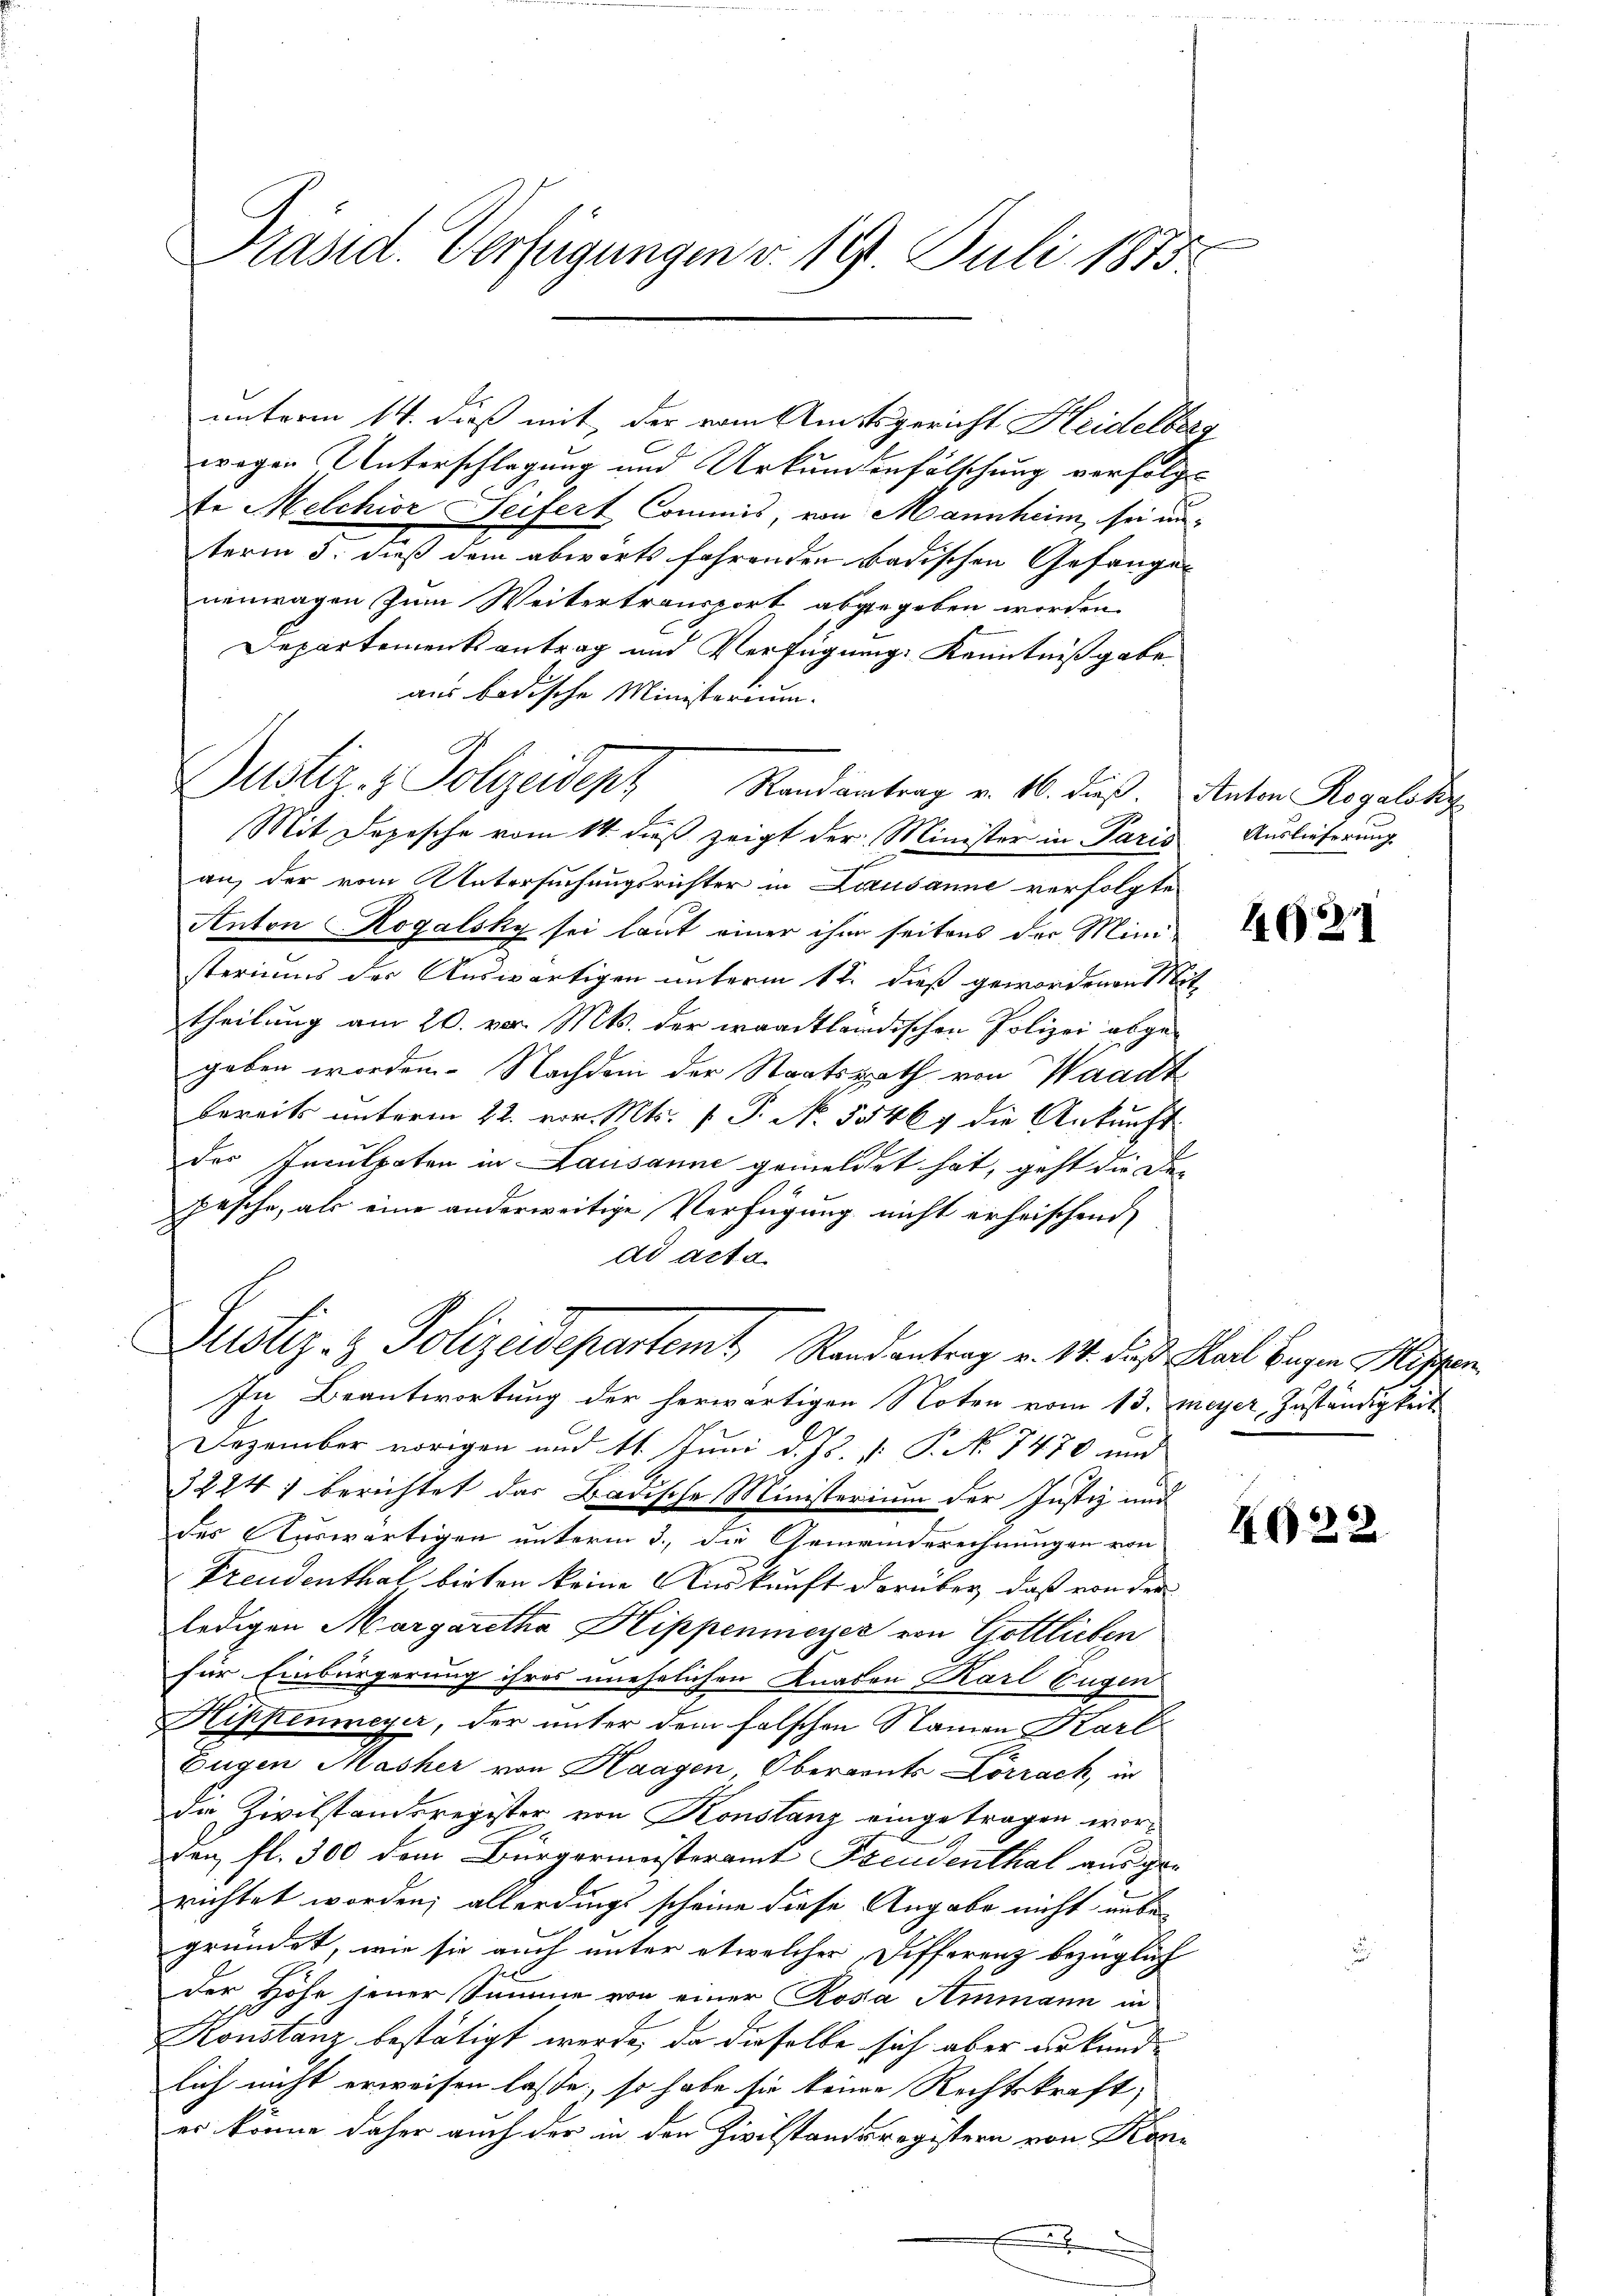
unterm 14. dieß mit der vom Amtsgericht Heidelberg
wegen Unterschlagung und Urkundenfälschung verfolgen
te Melchior Seifert Commis, von Mannheim, sei unterm 3. dieß dem abwärts fahrenden Badischen Gefangen
nenwagen zum Weitertransport abgegeben worden.
Departementsantrag und Verfügung Kenntnißgabe
aus badische Ministerium.
Justiz- & Polizeident Randantrag v. 16. dieß. Anton Rogaladis
Mit Depesche vom 14. dieß zeigt der Minister in Paris Auslieferung
an, der vom Untersuchungsrichter in Lausanne verfolgte
Anton Rogalsky sei laut einer ihm seitens der Mini-
steriums der Auswärtigen unterm 12. dieß gewordenen Mit
theilung am 20. vor. Mts. der waadtländischen Polizei abgegeben worden. Nachdem der Staatsrath von Waadt
bereits unterm 22. vor. Mts. f. P. No. 55464 die Ankunft
der Inculpaten in Lausanne gemeldet hat, geht die Depesche, als eine anderweitige Verfügung nicht erheischend
ad acta
Justiz- & Polizeidepartemt Randantrag v. 14. dieß Karl beigen Misger

x
Präsid. Verfügungen v. 19. Juli 1883

In Beantwortung der herwärtigen Noten vom 13. Meyer, Zuständigkeit
Dezember vorigen und 11. Juni d. Js. v. P. No 7470 und
3224) berichtet das Badische Ministerium der Justiz und
des Auswärtigen unterm 3., die Gemeinderechnungen von
Freudenthal bieten keine Auskunft darüber, daß von der
ledigen Margaretha Hippenmeyer von Gottlieben
für Einbürgerung ihres unehelichen Knaben Karl Eugen
Hippenmeyer, der unter dem falschen Namen Karl
Eugen Masher von Haagen Oberaents Lörrach, in
de Zivilstandsregister von Konstanz eingetragen worden fl. 300 dem Bürgermeisteramt Freudenthal aus gerichtet worden; allerdings scheine diese Angabe nicht unbegründet, wie sie auch unter etwelcher Differenz bezüglich
der Höhe jener Summe von einer Rosa Ammann in
Konstanz bestätigt werde, da dieselbe sich aber urkund- |
lich nicht erweisen lasse, so habe sie keine Rechtskraft,
er könne daher auch der in den Zivilstandsregistern von Kone

4021

4922